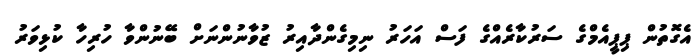
އެގޮތުން ޕިޕީއެމްގެ ސަރުކާރެއްގެ ފަސް އަހަރު ނިމިގެންދާއިރު ޒުވާނުންނަށް ބޭނުންވާ ހުރިހާ ކުޅިވަރު